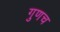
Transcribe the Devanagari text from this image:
गुणच